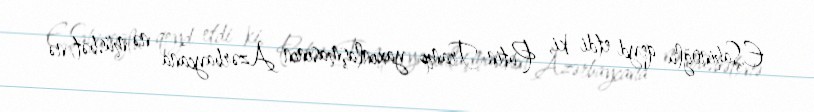
E.Şahinoğlu qeyd etdi ki, Putin-Tramp yaxınlaşmasının Azərbaycana nə müsbət, nə